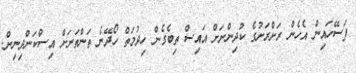
ފަސޭހައިން އެހެން ރަށްރަށުގެ ކުދިންނަށް އައިސް ތިބެގެން ހިދުމަތް ހޯދޭނެ ތަންތަނަށް އިސްކަންދިނިން.